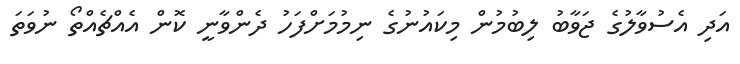
އަދި އެސުވާލުގެ ޖަވާބު ލިބުމުން މިކައުނުގެ ނިމުމަށްފަހު ދެންވާނީ ކޮން އެއްޗެއްތޯ ނުވަތަ